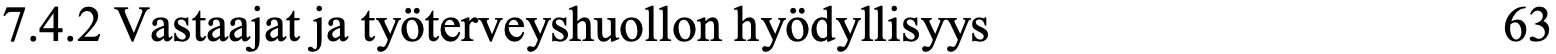
7.4.2 Vastaajat ja työterveyshuollon hyödyllisyys 63